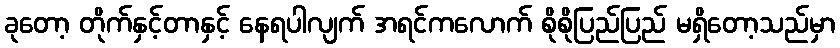
ခုတော့ တိုက်နှင့်တာနှင့် နေရပါလျက် အရင်ကလောက် စိုစိုပြည်ပြည် မရှိတော့သည်မှာ